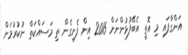
އަންގާފައި މި އޮތީ އެބޭފުޅުންނަށް 2015 އިން ފެށިގެން ތި މަސައްކަތް ނުކުރުމަށް